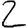
Digit: 2